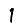
Digit: 1